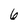
Character: 6